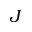
\boldsymbol { J }